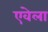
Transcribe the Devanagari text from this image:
एवेला